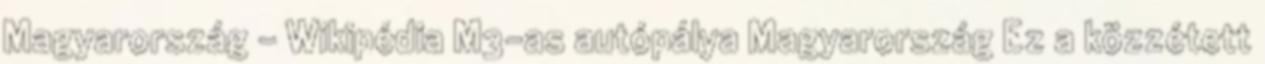
Magyarország – Wikipédia M3-as autópálya Magyarország Ez a közzétett